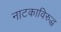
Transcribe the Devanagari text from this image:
नाटकाविरुद्ध